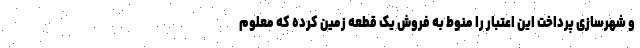
و شهرسازی پرداخت این اعتبار را منوط به فروش یک قطعه زمین کرده که معلوم